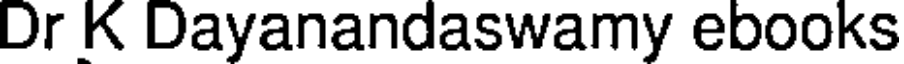
Dr K Dayanandaswamy ebooks